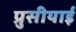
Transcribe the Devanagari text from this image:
प्रुसीयाई